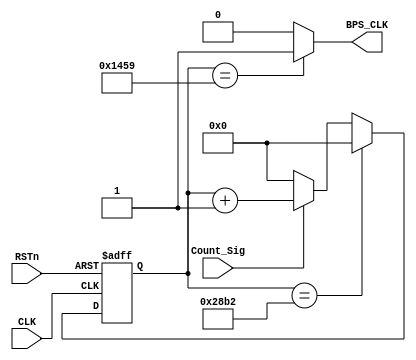
`timescale 1ns / 1ps
//////////////////////////////////////////////////////////////////////////////////
// Company: 
// Engineer: 
// 
// Design Name: 
// Module Name: rx_bps_module
// Project Name: 
// Target Devices: 
// Tool Versions: 
// Description: 
// 
// Dependencies: 
// 
// Revision:
// Revision 0.01 - File Created
// Additional Comments:
// 
//////////////////////////////////////////////////////////////////////////////////


module rx_bps_module
(
    CLK, RSTn,
	 Count_Sig, 
	 BPS_CLK
);

     input CLK;
	 input RSTn;
	 input Count_Sig;
	 output BPS_CLK;
	 
	 /***************************/
	 parameter Bps_9600    = 10418;
	 parameter Bps_9600_2    = 5209;
	 parameter Bps_115200  = 868;
	 reg [13:0]Count_BPS;
	 
	 always @ ( posedge CLK or negedge RSTn )
	    if( !RSTn )
		     Count_BPS <= 14'd0;
		 else if( Count_BPS == Bps_9600 )
		     Count_BPS <= 14'd0;
		 else if( Count_Sig )
		     Count_BPS <= Count_BPS + 1'b1;
		 else
		     Count_BPS <= 14'd0;
			  
	 /********************************/

    assign BPS_CLK = ( Count_BPS == Bps_9600_2 ) ? 1'b1 : 1'b0;

    /*********************************/

endmodule


/*****************************************/
module rx_detect_module 
(
     CLK, RSTn,
	 RX_Pin_In,
	 H_L_Sig
);
     input CLK;
	 input RSTn;
	 input RX_Pin_In;
	 output H_L_Sig;
	 
	 /******************************/
	 
	 reg H_L_F1;
	 reg H_L_F2;
	 
	 always @ ( posedge CLK or negedge RSTn )
	     if( !RSTn )
		      begin
				    H_L_F1 <= 1'b1;
				    H_L_F2 <= 1'b1;
				end
		  else
		      begin
				    H_L_F1 <= RX_Pin_In;
					H_L_F2 <= H_L_F1;
				end
					
	
	assign H_L_Sig = H_L_F2 & !H_L_F1;
	
	
endmodule